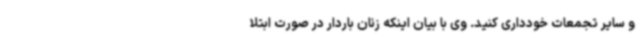
و سایر تجمعات خودداری کنید. وی با بیان اینکه زنان باردار در صورت ابتلا